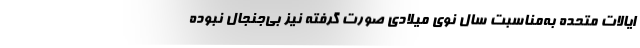
ایالات متحده به‌مناسبت سال نوی میلادی صورت گرفته نیز بی‌جنجال نبوده